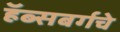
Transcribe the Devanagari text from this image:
हॅब्सबर्गचे